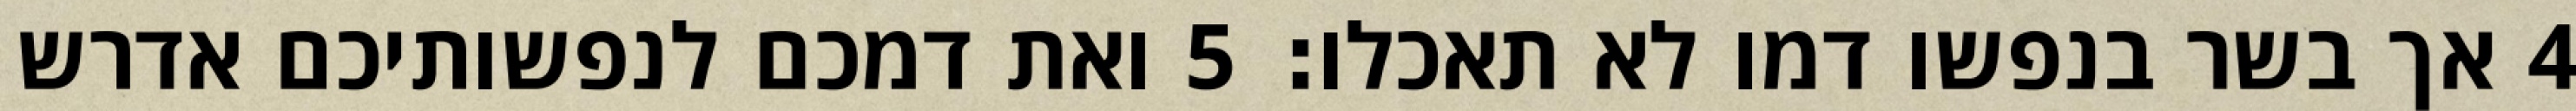
‎4‏ אך בשר בנפשו דמו לא תאכלו׃ ‎5‏ ואת דמכם לנפשותיכם אדרש